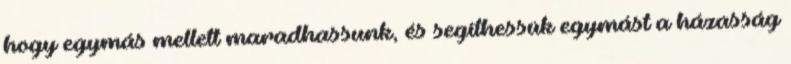
hogy egymás mellett maradhassunk, és segíthessük egymást a házasság